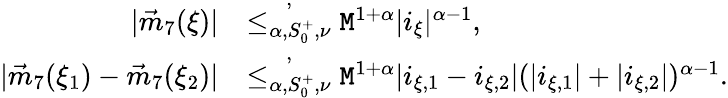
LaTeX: \begin{array}{rl}{|\vec{m}_{7}(\xi)|}&{\overset{,}{\le_{\alpha,S_{0}^{+},\nu}}\mathtt{M}^{1+\alpha}|i_{\xi}|^{\alpha-1},}\\ {|\vec{m}_{7}(\xi_{1})-\vec{m}_{7}(\xi_{2})|}&{\overset{,}{\le_{\alpha,S_{0}^{+},\nu}}\mathtt{M}^{1+\alpha}|i_{\xi,1}-i_{\xi,2}|(|i_{\xi,1}|+|i_{\xi,2}|)^{\alpha-1}.}\end{array}